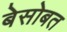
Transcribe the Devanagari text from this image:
बेसोबत